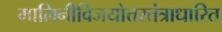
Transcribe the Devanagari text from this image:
मालिनीविजयोत्तरतंत्राधारित